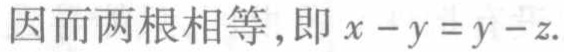
因而两根相等，即 \(x - y = y - z\).